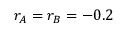
r _ { A } = r _ { B } = - 0 . 2